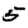
Digit: 5